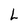
Character: L